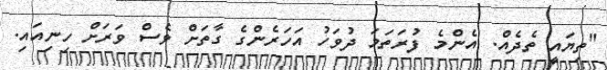
"ތިޔައީ ތެދެއް. އެންމެ ފުރަތަމަ ދުވަހު އަހަރެންގެ ގާތަށް ވެސް ވަރަށް ހިނިއައި.